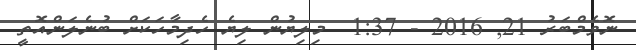
ނޮވެމްބަރު 21